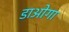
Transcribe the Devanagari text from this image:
डाओगा